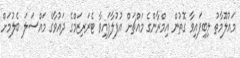
މައުލޫމާތު ލިބިފައިވާ ގޮތުން އިމްރާންގެ މައްޗަށް އުފުލާފައިވާ ޓެރަރިޒަމްގެ ދައުވާގެ މައްސަލަ ބެލުމަށް